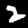
Label: 2